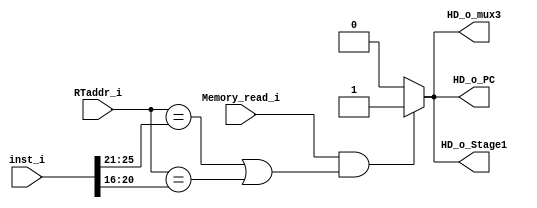
module Hazard_Detection_Unit(
   RTaddr_i,
   inst_i,
   Memory_read_i,
   HD_o_PC,
   HD_o_Stage1,
   HD_o_mux3
);

input    [4:0]    RTaddr_i;
input    [31:0]   inst_i;
input             Memory_read_i;
output            HD_o_PC, HD_o_Stage1, HD_o_mux3;
reg               HD_o_PC, HD_o_Stage1, HD_o_mux3;

always @(*) begin
   if(Memory_read_i == 1 && (RTaddr_i == inst_i[25:21] || RTaddr_i == inst_i[20:16])) begin
      HD_o_PC <= 1;
      HD_o_Stage1 <= 1;
      HD_o_mux3 <= 1;
   end   
   else begin 
      HD_o_PC <= 0;
      HD_o_Stage1 <= 0;
      HD_o_mux3 <= 0;
   end   
end

endmodule